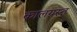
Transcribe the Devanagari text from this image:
कालग्रस्त